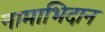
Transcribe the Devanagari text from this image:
नामाभिदान